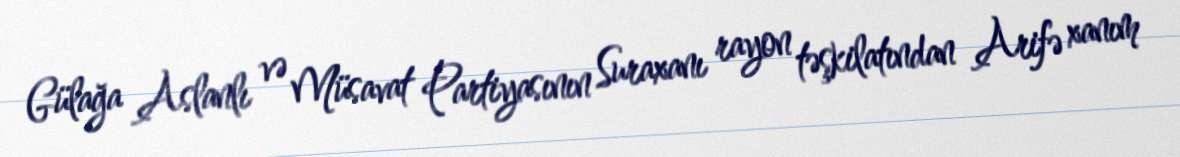
Gülağa Aslanlı və Müsavat Partiyasının Suraxanı rayon təşkilatından Arifə xanım